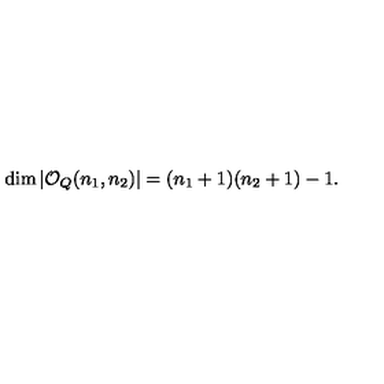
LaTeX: \dim | { \mathcal O } _ { Q } ( n _ { 1 } , n _ { 2 } ) | = ( n _ { 1 } + 1 ) ( n _ { 2 } + 1 ) - 1 .